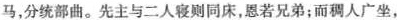
马，分统部曲。先主与二人寝则同床,恩若兄弟;而稠人广坐，